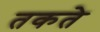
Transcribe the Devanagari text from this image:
तकते